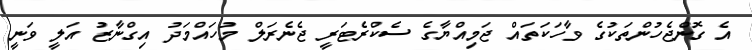
އެ ގޮންޖެހުންތަކުގެ ވާހަކަތައް ޖަމިއްޔާގެ ސެކްރެޓަރީ ޖެނެރަލް މުހައްމަދު އިގްނާޒު އަލީ ވަނީ